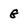
Character: G